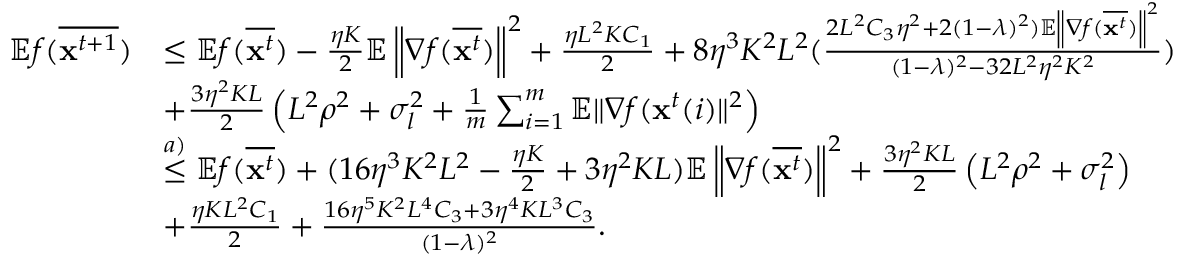
\begin{array} { r l } { \mathbb { E } f ( \overline { { \mathbf { x } ^ { t + 1 } } } ) } & { \leq \mathbb { E } f ( \overline { { \mathbf { x } ^ { t } } } ) - \frac { \eta K } { 2 } \mathbb { E } \left\| \nabla f ( \overline { { \mathbf { x } ^ { t } } } ) \right\| ^ { 2 } + \frac { \eta L ^ { 2 } K C _ { 1 } } { 2 } + 8 \eta ^ { 3 } K ^ { 2 } L ^ { 2 } ( \frac { 2 L ^ { 2 } C _ { 3 } \eta ^ { 2 } + 2 ( 1 - \lambda ) ^ { 2 } ) \mathbb { E } \left\| \nabla f ( \overline { { \mathbf { x } ^ { t } } } ) \right\| ^ { 2 } } { ( 1 - \lambda ) ^ { 2 } - 3 2 L ^ { 2 } \eta ^ { 2 } K ^ { 2 } } ) } \\ & { + \frac { 3 \eta ^ { 2 } K L } { 2 } \left( L ^ { 2 } \rho ^ { 2 } + \sigma _ { l } ^ { 2 } + \frac { 1 } { m } \sum _ { i = 1 } ^ { m } \mathbb { E } \| \nabla f ( \mathbf { x } ^ { t } ( i ) \| ^ { 2 } \right) } \\ & { \overset { a ) } { \leq } \mathbb { E } f ( \overline { { \mathbf { x } ^ { t } } } ) + ( 1 6 \eta ^ { 3 } K ^ { 2 } L ^ { 2 } - \frac { \eta K } { 2 } + 3 \eta ^ { 2 } K L ) \mathbb { E } \left\| \nabla f ( \overline { { \mathbf { x } ^ { t } } } ) \right\| ^ { 2 } + \frac { 3 \eta ^ { 2 } K L } { 2 } \left( L ^ { 2 } \rho ^ { 2 } + \sigma _ { l } ^ { 2 } \right) } \\ & { + \frac { \eta K L ^ { 2 } C _ { 1 } } { 2 } + \frac { 1 6 \eta ^ { 5 } K ^ { 2 } L ^ { 4 } C _ { 3 } + 3 \eta ^ { 4 } K L ^ { 3 } C _ { 3 } } { ( 1 - \lambda ) ^ { 2 } } . } \end{array}